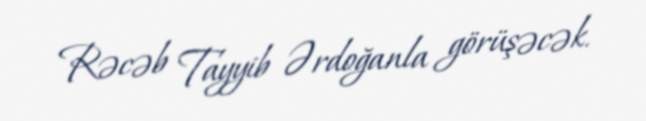
Rəcəb Tayyib Ərdoğanla görüşəcək.